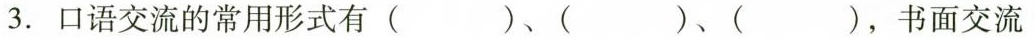
3. 口语交流的常用形式有()、()、()，书面交流